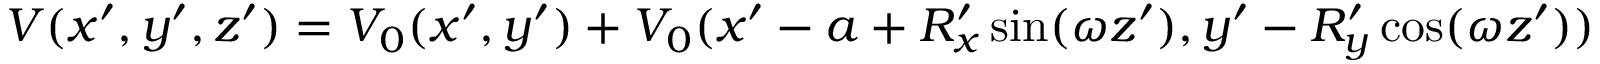
V ( x ^ { \prime } , y ^ { \prime } , z ^ { \prime } ) = V _ { 0 } ( x ^ { \prime } , y ^ { \prime } ) + V _ { 0 } ( x ^ { \prime } - a + R _ { x } ^ { \prime } \sin ( \omega z ^ { \prime } ) , y ^ { \prime } - R _ { y } ^ { \prime } \cos ( \omega z ^ { \prime } ) )